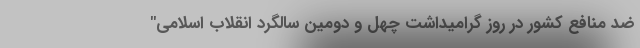
ضد منافع کشور در روز گرامیداشت چهل و دومین سالگرد انقلاب اسلامی"